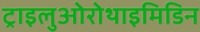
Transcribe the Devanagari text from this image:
ट्राइलुओरोथाइमिडिन